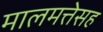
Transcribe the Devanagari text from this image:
मालमत्तेसह